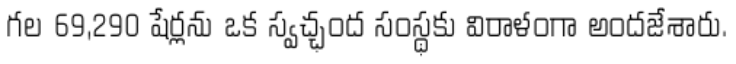
గల 69,290 షేర్లను ఒక స్వచ్ఛంద సంస్థకు విరాళంగా అందజేశారు.